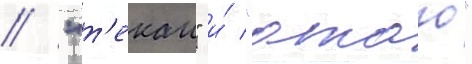
// "т'екаи" и́ "атаго"